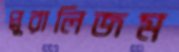
প্লুরালিজম